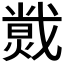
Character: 𱬄